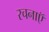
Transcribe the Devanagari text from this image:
रचनाऍ